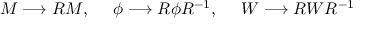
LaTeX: M \longrightarrow R M , ~ ~ ~ ~ \phi \longrightarrow R \phi R ^ { - 1 } , ~ ~ ~ ~ W \longrightarrow R W R ^ { - 1 }